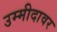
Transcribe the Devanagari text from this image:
उम्मीदावर